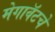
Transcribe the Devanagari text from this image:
मेगावॅटचे